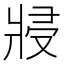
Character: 𭷆